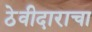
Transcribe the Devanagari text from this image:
ठेवीदाराचा